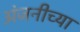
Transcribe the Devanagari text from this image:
अंजनीच्या